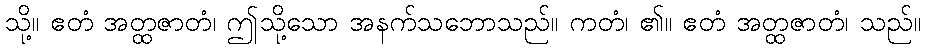
သို့။ ဧတံ အတ္ထဇာတံ၊ ဤသို့သော အနက်သဘောသည်။ ကတံ၊ ၏။ ဧတံ အတ္ထဇာတံ၊ သည်။